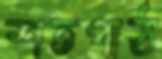
শতপাঠ